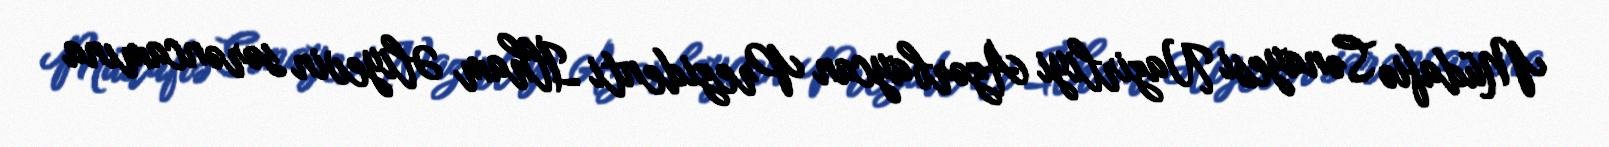
Müdafiə Sənayesi Nazirliyi Azərbaycan Prezidenti İlham Əliyevin sərəncamına